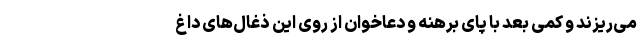
می‌ریزند و کمی بعد با پای برهنه و دعاخوان از روی این ذغال‌های داغ